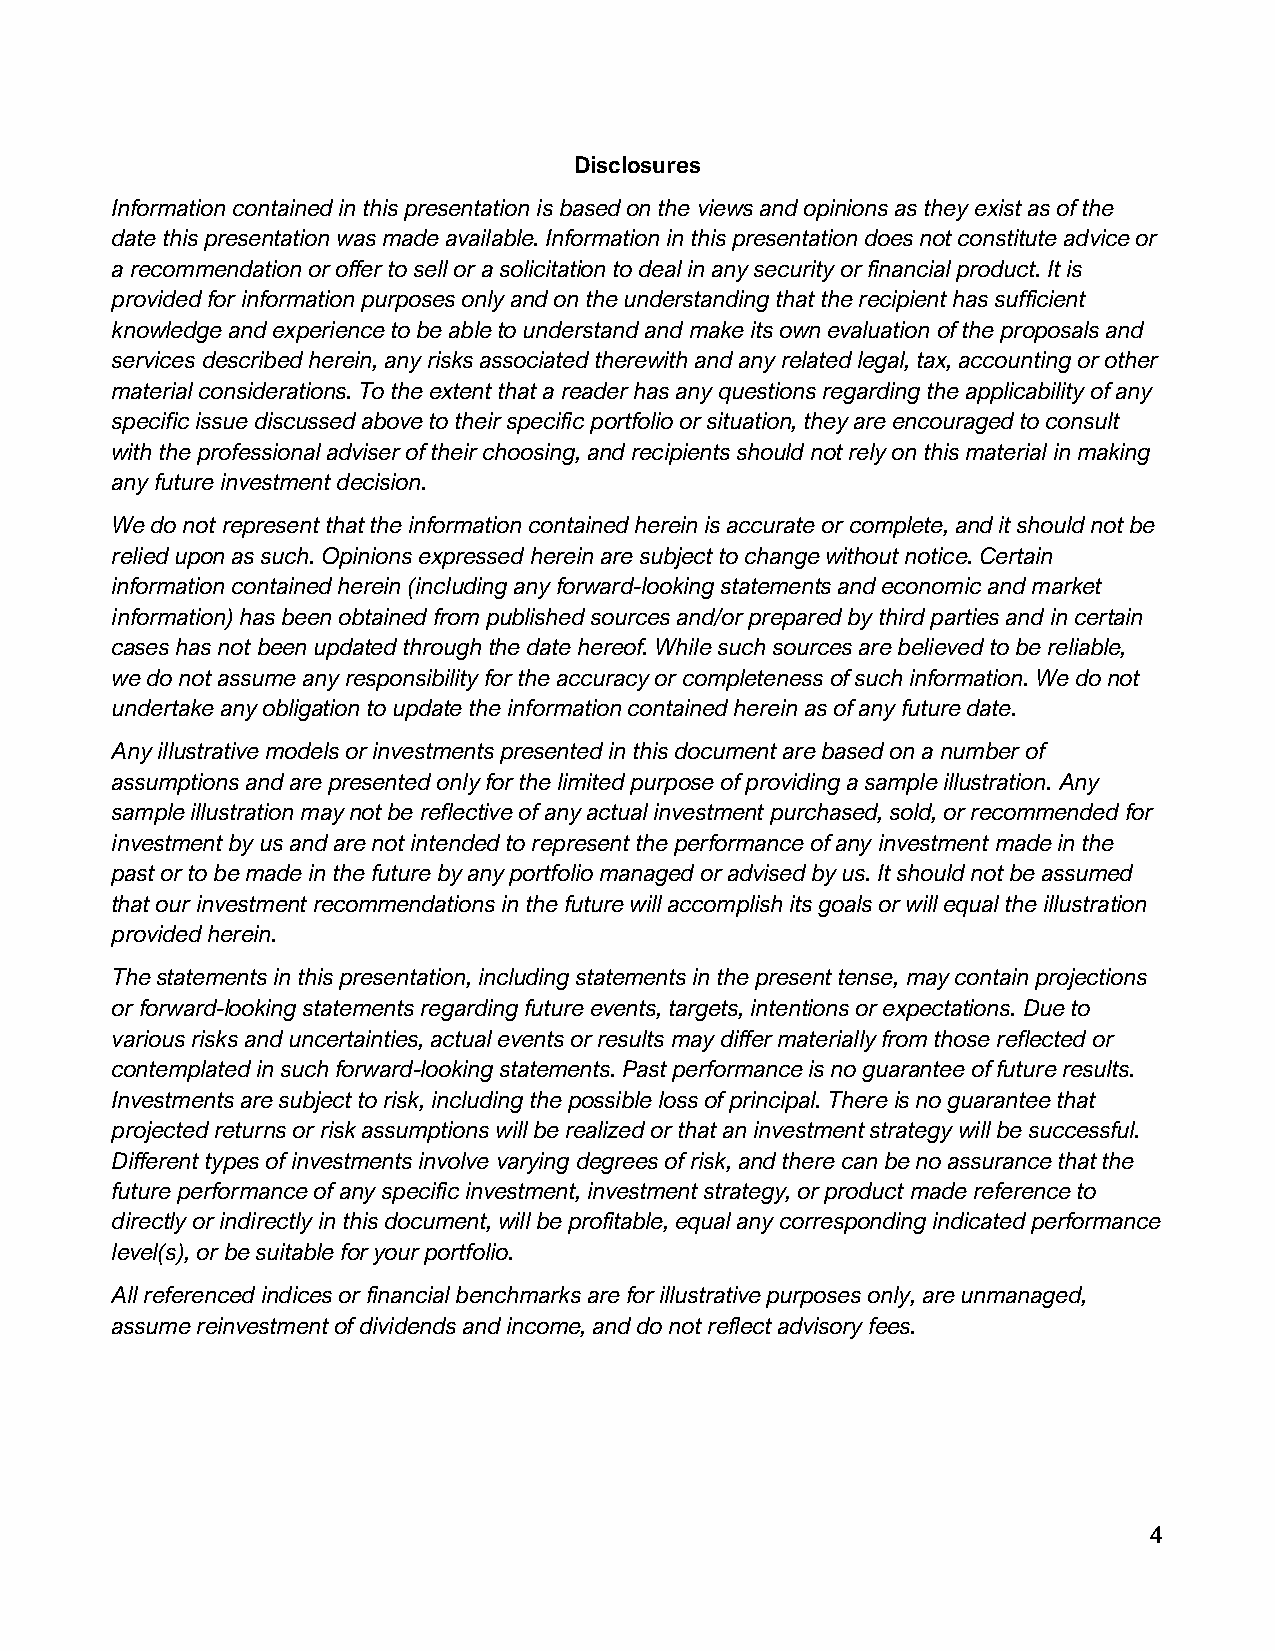
Disclosures
 Information contained in this presentation is based on the views and opinions as they exist as of the
 date this presentation was made available. Information in this presentation does not constitute advice or
 a recommendation or offer to sell or a solicitation to deal in any security or financial product. It is
 provided for information purposes only and on the understanding that the recipient has sufficient
 knowledge and experience to be able to understand and make its own evaluation of the proposals and
 services described herein, any risks associated therewith and any related legal, tax, accounting or other
 material considerations. To the extent that a reader has any questions regarding the applicability of any
 specific issue discussed above to their specific portfolio or situation, they are encouraged to consult
 with the professional adviser of their choosing, and recipients should not rely on this material in making
 any future investment decision.
 We do not represent that the information contained herein is accurate or complete, and it should not be
 relied upon as such. Opinions expressed herein are subject to change without notice. Certain
 information contained herein (including any forward-looking statements and economic and market
 information) has been obtained from published sources and/or prepared by third parties and in certain
 cases has not been updated through the date hereof. While such sources are believed to be reliable,
 we do not assume any responsibility for the accuracy or completeness of such information. We do not
 undertake any obligation to update the information contained herein as of any future date.
 Any illustrative models or investments presented in this document are based on a number of
 assumptions and are presented only for the limited purpose of providing a sample illustration. Any
 sample illustration may not be reflective of any actual investment purchased, sold, or recommended for
 investment by us and are not intended to represent the performance of any investment made in the
 past or to be made in the future by any portfolio managed or advised by us. It should not be assumed
 that our investment recommendations in the future will accomplish its goals or will equal the illustration
 provided herein.
 The statements in this presentation, including statements in the present tense, may contain projections
 or forward-looking statements regarding future events, targets, intentions or expectations. Due to
 various risks and uncertainties, actual events or results may differ materially from those reflected or
 contemplated in such forward-looking statements. Past performance is no guarantee of future results.
 Investments are subject to risk, including the possible loss of principal. There is no guarantee that
 projected returns or risk assumptions will be realized or that an investment strategy will be successful.
 Different types of investments involve varying degrees of risk, and there can be no assurance that the
 future performance of any specific investment, investment strategy, or product made reference to
 directly or indirectly in this document, will be profitable, equal any corresponding indicated performance
 level(s), or be suitable for your portfolio.
 All referenced indices or financial benchmarks are for illustrative purposes only, are unmanaged,
 assume reinvestment of dividends and income, and do not reflect advisory fees.
 4